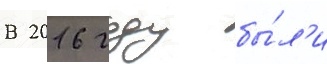
В 2016 году бы́л'и